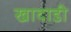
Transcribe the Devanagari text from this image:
खादाडी